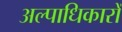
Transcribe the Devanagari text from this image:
अल्पाधिकारों